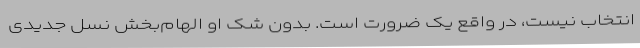
انتخاب نیست، در واقع یک ضرورت است. بدون شک او الهام‌بخش نسل جدیدی